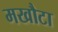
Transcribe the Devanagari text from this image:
मखौटा